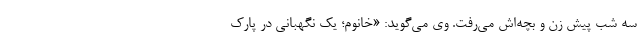
سه شب پیش زن و بچه‌اش می‌رفت. وی می‌گوید: «خانوم؛ یک نگهبانی در پارک